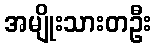
အမျိုးသားတဦး